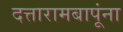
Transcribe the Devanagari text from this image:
दत्तारामबापूंना